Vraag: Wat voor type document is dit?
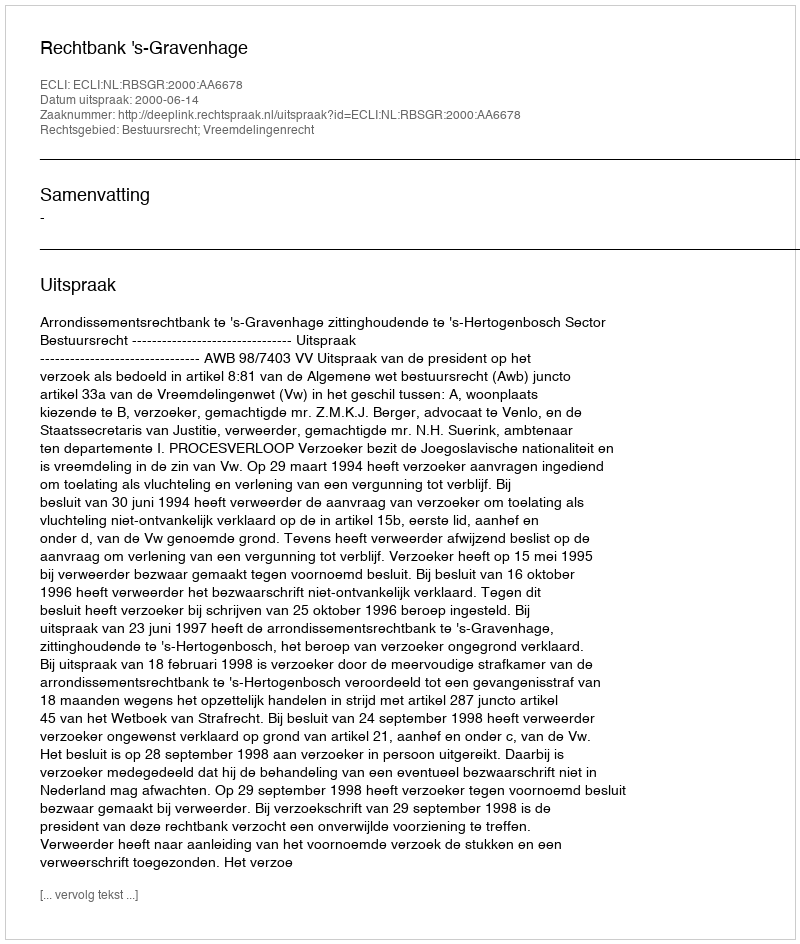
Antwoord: Uitspraak